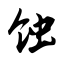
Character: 蚀